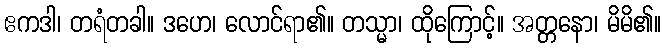
ဧကဒါ၊ တရံတခါ။ ဒဟေ၊ လောင်ရာ၏။ တသ္မာ၊ ထိုကြောင့်။ အတ္တနော၊ မိမိ၏။